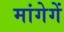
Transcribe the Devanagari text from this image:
मांगेगें